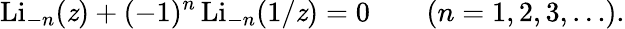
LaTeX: \operatorname{Li}_{-n}(\mathit{z})+(-1)^{n}\operatorname{Li}_{-n}(1/\mathit{z})=0\qquad(n=1,2,3,\ldots).